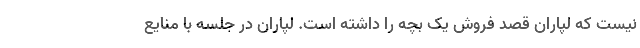
نیست که لپاران قصد فروش یک بچه را داشته است. لپاران در جلسه با منایع